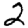
Digit: 2